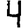
Digit: 4